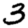
Digit: 3